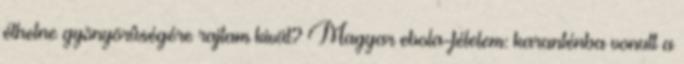
élhetne gyönyörûségére rajtam kivül? Magyar ebola-félelem: karanténba vonult a